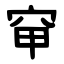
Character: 䆘